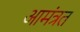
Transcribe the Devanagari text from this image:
आमंत्रत